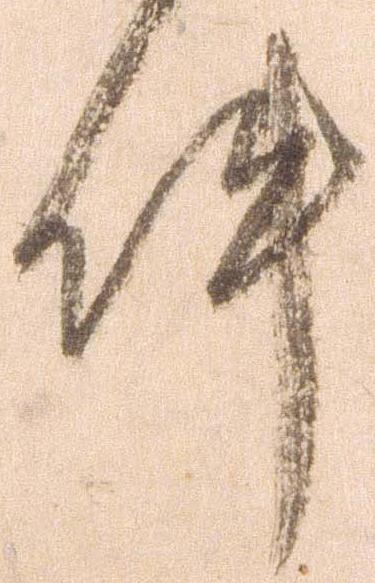
件